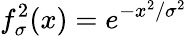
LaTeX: f_{\sigma}^{2}(x)=e^{-x^{2}/\sigma^{2}}